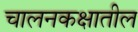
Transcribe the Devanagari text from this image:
चालनकक्षातील